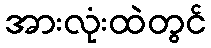
အားလုံးထဲတွင်